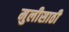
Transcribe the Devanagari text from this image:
मुलीसाठी